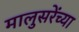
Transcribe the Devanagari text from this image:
मालुसरेंच्या